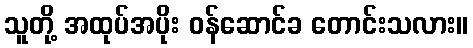
သူတို့ အထုပ်အပိုး ဝန်ဆောင်ခ တောင်းသလား။